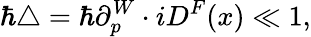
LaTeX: \hbar\triangle=\hbar\partial_{p}^{W}\cdot iD^{F}(x)\ll 1,